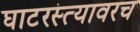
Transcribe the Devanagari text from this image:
घाटरस्त्यावरच